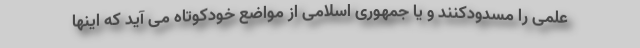
علمی را مسدودکنند و یا جمهوری اسلامی از مواضع خودکوتاه می آید که اینها